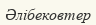
Әлібековтер